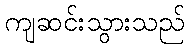
ကျဆင်းသွားသည်